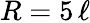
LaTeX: R=5\, \ell